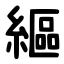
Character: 䌔